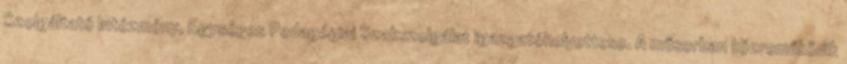
Szolgáltató Intézmény, Egységes Pedagógiai Szakszolgálat igazgatóhelyettese. A műsorban közreműködik